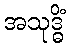
အသုဒ္ဓိံ